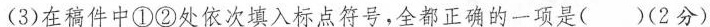
(3)在稿件中①②处依次填入标点符号，全都正确的一项是( )(2分)